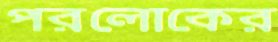
পরলোকের